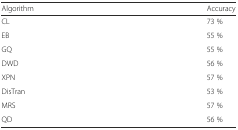
| Algorithm | Accuracy |
 | --- | --- |
 | CL | 73 % |
 | EB | 55 % |
 | GQ | 55 % |
 | DWD | 56 % |
 | XPN | 57 % |
 | DisTran | 53 % |
 | MRS | 57 % |
 | QD | 56 % |